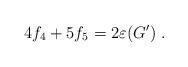
LaTeX: \begin{align*}4 f_4 + 5 f_5 = 2\varepsilon(G')\ . \end{align*}